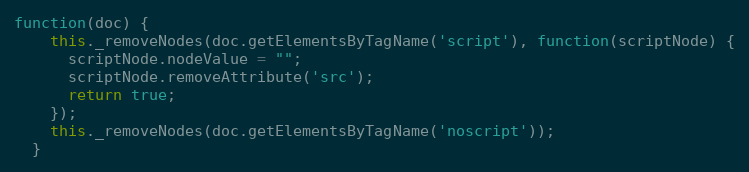
Language: JavaScript
function(doc) {
    this._removeNodes(doc.getElementsByTagName('script'), function(scriptNode) {
      scriptNode.nodeValue = "";
      scriptNode.removeAttribute('src');
      return true;
    });
    this._removeNodes(doc.getElementsByTagName('noscript'));
  }